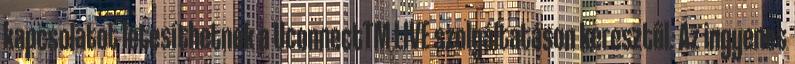
kapcsolatot létesíthetnek a UconnectTM LIVE szolgáltatáson keresztül. Az ingyenes